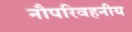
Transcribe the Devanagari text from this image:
नौपरिवहनीय